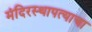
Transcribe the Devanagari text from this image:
मंदिरस्थापत्याचा